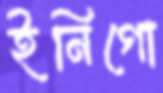
ইনিগো